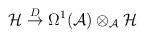
LaTeX: \begin{align*}{\cal H} \buildrel D \over \rightarrow\Omega^1({\cal A}) \otimes_{\cal A} {\cal H} \end{align*}